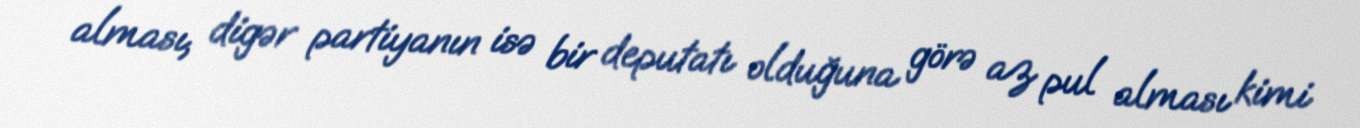
alması, digər partiyanın isə bir deputatı olduğuna görə az pul alması kimi